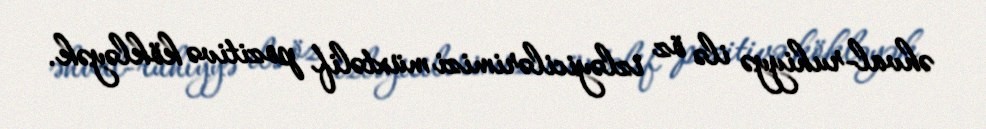
əhval-ruhiyyə ilə öz izləyicilərimizi müxtəlif pozitivə kökləyək.